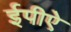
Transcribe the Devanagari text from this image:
ईपीऐ